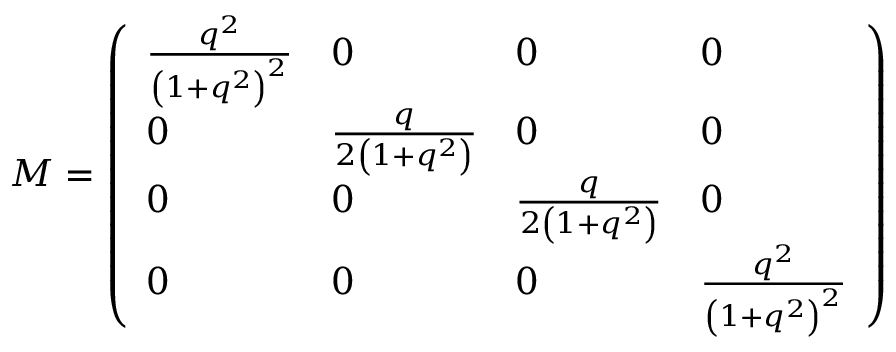
M = \left( \begin{array} { l l l l } { { { \frac { { q ^ { 2 } } } { { { \left( 1 + { q ^ { 2 } } \right) } ^ { 2 } } } } } } & { { 0 } } & { { 0 } } & { { 0 } } \\ { { 0 } } & { { { \frac { { q } } { { { 2 \left( 1 + { q ^ { 2 } } \right) } } } } } } & { { 0 } } & { { 0 } } \\ { { 0 } } & { { 0 } } & { { { \frac { { q } } { { { 2 \left( 1 + { q ^ { 2 } } \right) } } } } } } & { { 0 } } \\ { { 0 } } & { { 0 } } & { { 0 } } & { { { \frac { { q ^ { 2 } } } { { { \left( 1 + { q ^ { 2 } } \right) } ^ { 2 } } } } } } \end{array} \right)